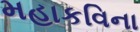
મહાકવિના